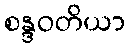
စန္ဒဝတိယာ